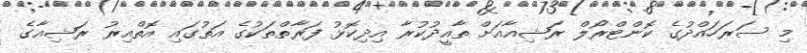
މި ސަރަހައްދުގެ ކޮންޓްރޯލް ރަޝިއާއަށް ތާއީދުކުރާ އިދިކޮޅު ފަރާތްތަކުގެ އަތުގައި އޮތްއިރު ރަޝިއާގެ